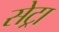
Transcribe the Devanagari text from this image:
सेट्रा